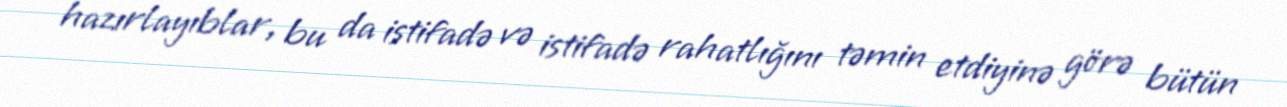
hazırlayıblar, bu da istifadə və istifadə rahatlığını təmin etdiyinə görə bütün